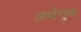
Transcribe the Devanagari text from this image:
अर्थगुण